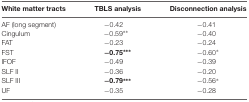
| White matter tracts | TBLS analysis | Disconnection analysis |
 | --- | --- | --- |
 | AF (long segment) | −0.42 | −0.41 |
 | Cingulum | −0.59** | −0.40 |
 | FAT | −0.23 | −0.24 |
 | FST | −0.75*** | −0.60* |
 | IFOF | −0.49 | −0.39 |
 | SLF II | −0.36 | −0.20 |
 | SLF III | −0.79*** | −0.56* |
 | UF | −0.35 | −0.28 |